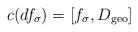
LaTeX: \begin{align*}c(df_\sigma) = [f_\sigma, D_{\mathrm{geo}}]\end{align*}